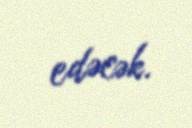
edəcək.